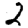
Digit: 2